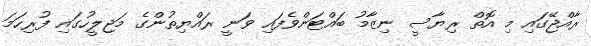
ރާއްޖޭގައި މި އޮތް ރިޔާސީ ނިޒާމު ބައްޓަންވެފައި ވަނީ ރައްޔިތުންގެ މަޖިލީހުގައި ފުރިހަމަ